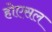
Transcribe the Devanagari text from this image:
होएसल